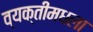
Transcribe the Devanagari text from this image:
व्यक्तीमधला